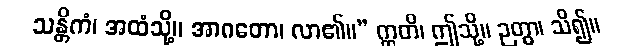
သန္တိကံ၊ အထံသို့။ အာဂတော၊ လာ၏။” ဣတိ၊ ဤသို့။ ဉတွာ၊ သိ၍။